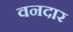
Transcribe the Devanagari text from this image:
वनदार